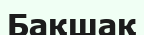
Бақшақ